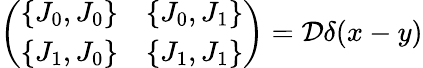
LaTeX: \left(\begin{array}{cc}{{\{ J_{0},J_{0}\} }}&{{\{ J_{0},J_{1}\} }}\\ {{\{ J_{1},J_{0}\} }}&{{\{ J_{1},J_{1}\} }}\end{array}\right)={\cal D}\delta(x-y)